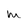
Character: m